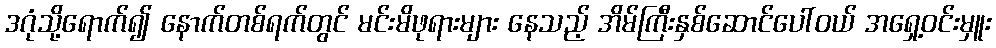
ဒဂုံသို့ရောက်၍ နောက်တစ်ရက်တွင် မင်းမိဖုရားများ နေသည့် အိမ်ကြီးနှစ်ဆောင်ပေါ်ဝယ် အရှေ့ဝင်းမှူး